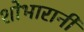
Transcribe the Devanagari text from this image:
शोभारानी